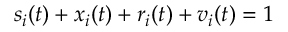
s _ { i } ( t ) + x _ { i } ( t ) + r _ { i } ( t ) + v _ { i } ( t ) = 1